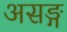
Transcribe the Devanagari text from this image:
असङ्ग